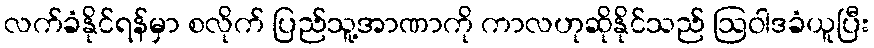
လက်ခံနိုင်ရန်မှာ စလိုက် ပြည်သူ့အာဏာကို ကာလဟုဆိုနိုင်သည် ဩဝါဒခံယူပြီး